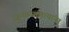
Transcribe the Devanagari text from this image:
जुन्याजाणत्यांना